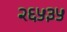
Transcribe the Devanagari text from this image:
२६५३५